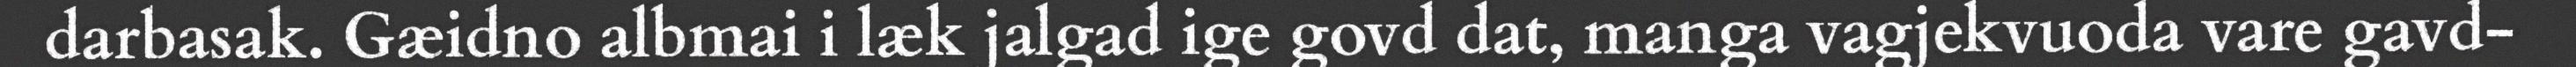
darbasak. Gæidno albmai i læk jalgad ige govd dat, manga vagjekvuoda vare gavd-